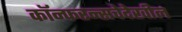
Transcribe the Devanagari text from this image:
कॉन्फरन्सचेदेखील